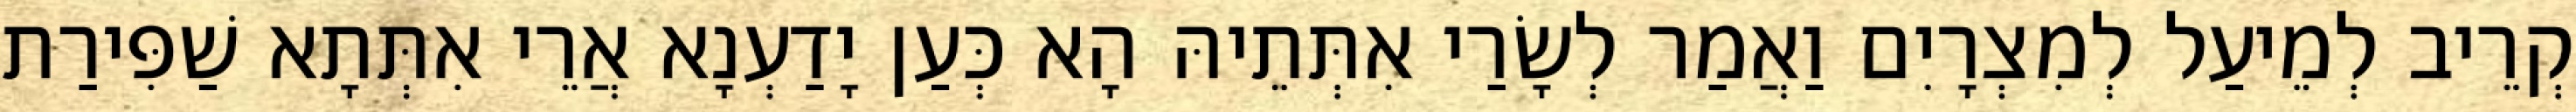
קְרֵיב לְמֵיעַל לְמִצְרָיִם וַאֲמַר לְשָׂרַי אִתְּתֵיהּ הָא כְּעַן יָדַעְנָא אֲרֵי אִתְּתָא שַׁפִּירַת